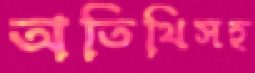
অতিথিসহ